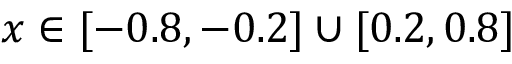
x \in [ - 0 . 8 , - 0 . 2 ] \cup [ 0 . 2 , 0 . 8 ]